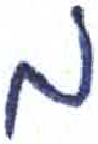
אות: מ